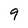
Character: 9